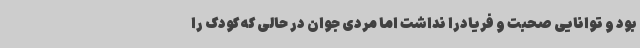
بود و توانایی صحبت و فریادرا نداشت اما مردی جوان در حالی که کودک را